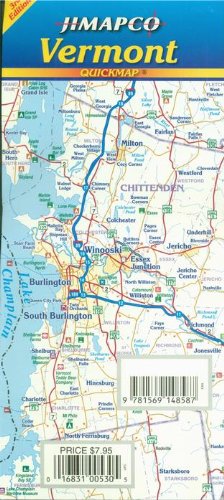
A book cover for Vermont Quickmap; JIMAPCO; Travel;